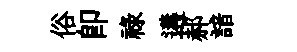
俗即祿遘郝諳